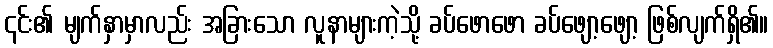
၎င်း၏ မျက်နှာမှာလည်း အခြားသော လူနာများကဲ့သို့ ခပ်ဖောဖော ခပ်ဖျော့ဖျော့ ဖြစ်လျက်ရှိ၏။